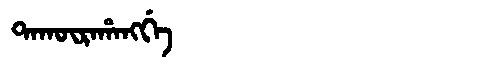
Manchu: ᡨᠠᡴᡡᡵᠠᡥᠠᠩᡤᡝ
Romanization: TAKŪRAHANGGE